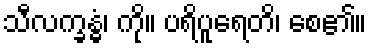
သီလက္ခန္ဓံ၊ ကို။ ပရိပူရေတိ၊ စေ၏။